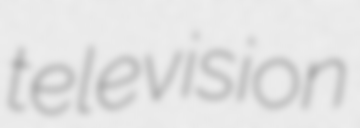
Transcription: television